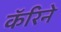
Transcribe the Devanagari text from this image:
कॅरिने